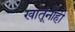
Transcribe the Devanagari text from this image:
खातूंनीही